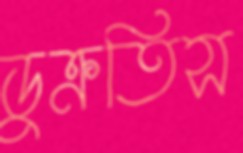
ডুক্‌রতিস